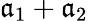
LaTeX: \mathfrak{a}_{1}+\mathfrak{a}_{2}